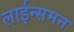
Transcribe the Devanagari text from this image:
लाईन्समन